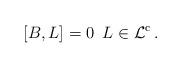
LaTeX: \begin{align*} [B, L ] = 0 \,\,\, L \in \mathcal{L}^\mathrm{c}\,.\end{align*}